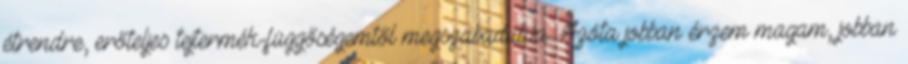
étrendre, erőteljes tejtermék-függőségemtől megszabadulva. Azóta jobban érzem magam, jobban